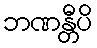
ဘဏန္တီပိ